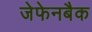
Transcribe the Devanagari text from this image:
जेफेनबैक